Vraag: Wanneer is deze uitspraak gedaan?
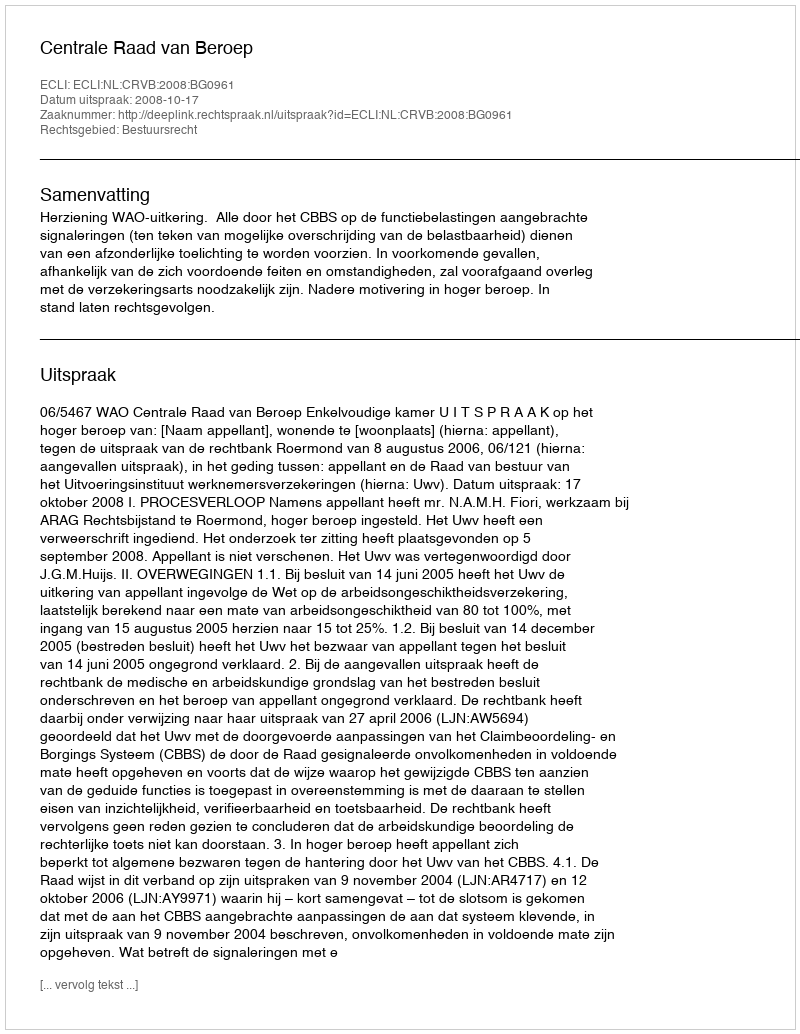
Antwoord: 2008-10-17